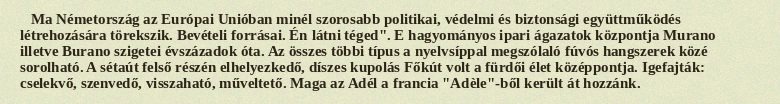
Ma Németország az Európai Unióban minél szorosabb politikai, védelmi és biztonsági együttműködés létrehozására törekszik. Bevételi forrásai. Én látni téged". E hagyományos ipari ágazatok központja Murano illetve Burano szigetei évszázadok óta. Az összes többi típus a nyelvsíppal megszólaló fúvós hangszerek közé sorolható. A sétaút felső részén elhelyezkedő, díszes kupolás Főkút volt a fürdői élet középpontja. Igefajták: cselekvő, szenvedő, visszaható, műveltető. Maga az Adél a francia "Adèle"-ből került át hozzánk.